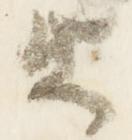
衛